Insane asylums in Bengal annual reports 1876-1887 - 1876-1887
Year: 1876
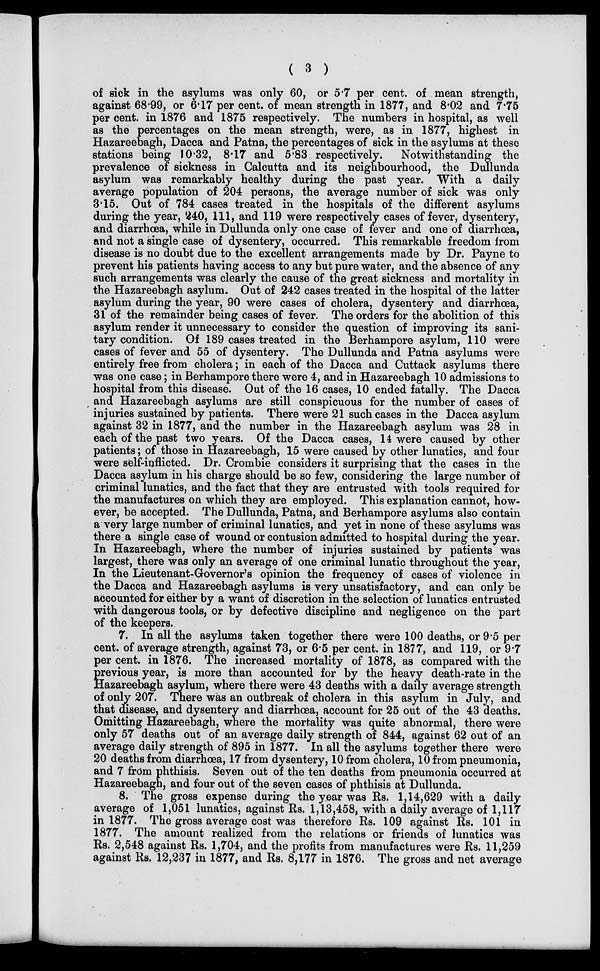
( 3 )
of sick in the asylums was only 60, or 5.7 per cent. of mean strength,
against 68.99, or 6.17 per cent. of mean strength in 1877, and 8.02 and 7.75
per cent. in 1876 and 1875 respectively. The numbers in hospital, as well
as the percentages on the mean strength, were, as in 1877, highest in
Hazareebagh, Dacca and Patna, the percentages of sick in the asylums at these
stations being 10.32, 8.17 and 5.83 respectively.
Notwithstanding the
prevalence of sickness in Calcutta and its neighbourhood, the Dullunda
asylum was remarkably healthy during the past year. With a daily
average population of 204 persons, the average number of sick was only
3.15. Out of 784 cases treated in the hospitals of the different asylums
during the year, 240, 111, and 119 were respectively cases of fever, dysentery,
and diarrhoea, while in Dullunda only one case of fever and one of diarrhœa,
and not a single case of dysentery, occurred. This remarkable freedom from
disease is no doubt due to the excellent arrangements made by Dr. Payne to
prevent his patients having access to any but pure water, and the absence of any
such arrangements was clearly the cause of the great sickness and mortality in
the Hazareebagh asylum. Out of 242 cases treated in the hospital of the latter
asylum during the year, 90 were cases of cholera, dysentery and diarrhœa,
31 of the remainder being cases of fever. The orders for the abolition of this
asylum render it unnecessary to consider the question of improving its sani-
tary condition. Of 189 cases treated in the Berhampore asylum, 110 were
cases of fever and 55 of dysentery. The Dullunda and Patna asylums were
entirely free from cholera; in each of the Dacca and Cuttack asylums there
was one case; in Berhampore there were 4, and in Hazareebagh 10 admissions to
hospital from this disease. Out of the 16 cases, 10 ended fatally. The Dacca
and Hazareebagh asylums are still conspicuous for the number of cases of
injuries sustained by patients. There were 21 such cases in the Dacca asylum
against 32 in 1877, and the number in the Hazareebagh asylum was 28 in
each of the past two years. Of the Dacca cases, 14 were caused by other
patients; of those in Hazareebagh, 15 were caused by other lunatics, and four
were self-inflicted. Dr. Crombie considers it surprising that the cases in the
Dacca asylum in his charge should be so few, considering the large number of
criminal lunatics, and the fact that they are entrusted with tools required for
the manufactures on which they are employed. This explanation cannot, how-
ever, be accepted. The Dullunda, Patna, and Berhampore asylums also contain
a very large number of criminal lunatics, and yet in none of these asylums was
there a single case of wound or contusion admitted to hospital during the year.
In Hazareebagh, where the number of injuries sustained by patients was
largest, there was only an average of one criminal lunatic throughout the year,
In the Lieutenant-Governor's opinion the frequency of cases of violence in
the Dacca and Hazareebagh asylums is very unsatisfactory, and can only be
accounted for either by a want of discretion in the selection of lunatics entrusted
with dangerous tools, or by defective discipline and negligence on the part
of the keepers.
7. In all the asylums taken together there were 100 deaths, or 9.5 per
cent. of average strength, against 73, or 6.5 per cent. in 1877, and 119, or 9.7
per cent. in 1876. The increased mortality of 1878, as compared with the
previous year, is more than accounted for by the heavy death-rate in the
Hazareebagh asylum, where there were 43 deaths with a daily average strength
of only 207. There was an outbreak of cholera in this asylum in July, and
that disease, and dysentery and diarrhœa, account for 25 out of the 43 deaths.
Omitting Hazareebagh, where the mortality was quite abnormal, there were
only 57 deaths out of an average daily strength of 844, against 62 out of an
average daily strength of 895 in 1877. In all the asylums together there were
20 deaths from diarrhoea, 17 from dysentery, 10 from cholera, 10 from pneumonia,
and 7 from phthisis. Seven out of the ten deaths from pneumonia occurred at
Hazareebagh, and four out of the seven cases of phthisis at Dullunda.
8. The gross expense during the year was Rs. 1,14,629 with a daily
average of 1,051 lunatics, against Rs. 1,13,458, with a daily average of 1,117
in 1877. The gross average cost was therefore Rs. 109 against Rs. 101 in
1877. The amount realized from the relations or friends of lunatics was
Rs. 2,548 against Rs. 1,704, and the profits from manufactures were Rs. 11,259
against Rs. 12,237 in 1877, and Rs. 8,177 in 1876. The gross and net average